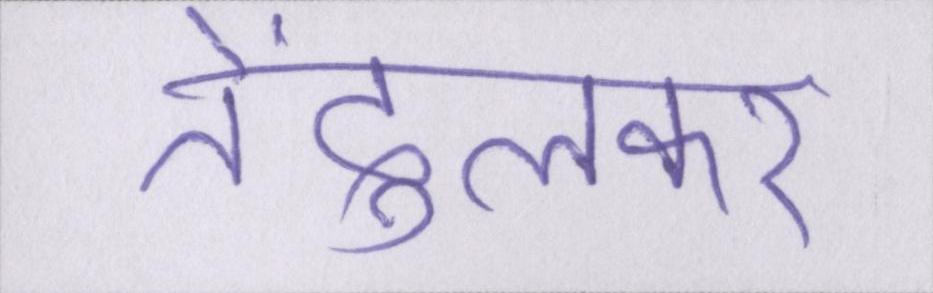
तेंदुलकर